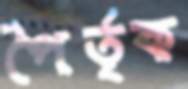
পৈর্তৃক